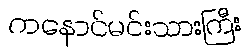
ကနောင်မင်းသားကြီး